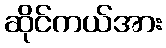
ဆိုင်ကယ်အား